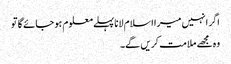
اگر انہیں میرا اسلام لانا پہلے معلوم ہو جائے گا تو
وہ مجھے ملامت کریں گے۔